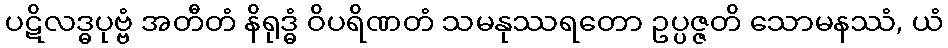
ပဋိလဒ္ဓပုဗ္ဗံ အတီတံ နိရုဒ္ဓံ ဝိပရိဏတံ သမနုဿရတော ဥပ္ပဇ္ဇတိ သောမနဿံ, ယံ